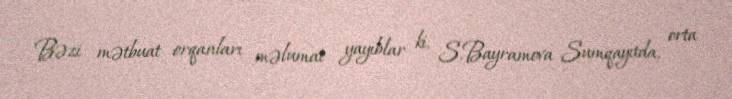
Bəzi mətbuat orqanları məlumat yayıblar ki, S.Bayramova Sumqayıtda, orta